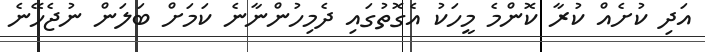
އަދި ކުށެއް ކުރާ ކޮންމެ މީހަކު އެގޮތުގައި ދެމިހުންނާނެ ކަމަށް ބަލަން ނުޖެހޭނެ